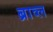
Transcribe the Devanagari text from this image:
ब्राव्ल